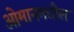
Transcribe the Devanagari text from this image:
ओमानमधील